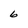
Character: 6